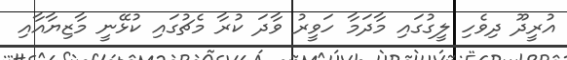
އުރީދޫ ދިވެހި ލީގުގައި މާދަމާ ހަވީރު ވާދަ ކުރާ މެޗުގައި ކުޅޭނީ މާޒިޔާއާއި